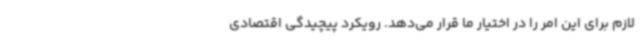
لازم برای این امر را در اختیار ما قرار می‌دهد. رویکرد پیچیدگی اقتصادی